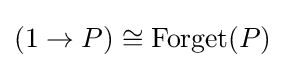
(1\to P)\cong \operatorname {Forget} (P)